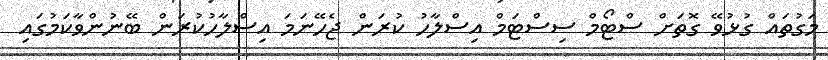
މަގުތައް ގުޅުވޭ ގޮތަށް ސްޓޯމް ސިސްޓަމް އިސްލާހު ކުރަން ޖެހޭނަމަ އިސްލާހުކުރަން ބޭނުންވާކަމުގައި